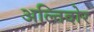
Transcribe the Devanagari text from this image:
अल्तिदोर